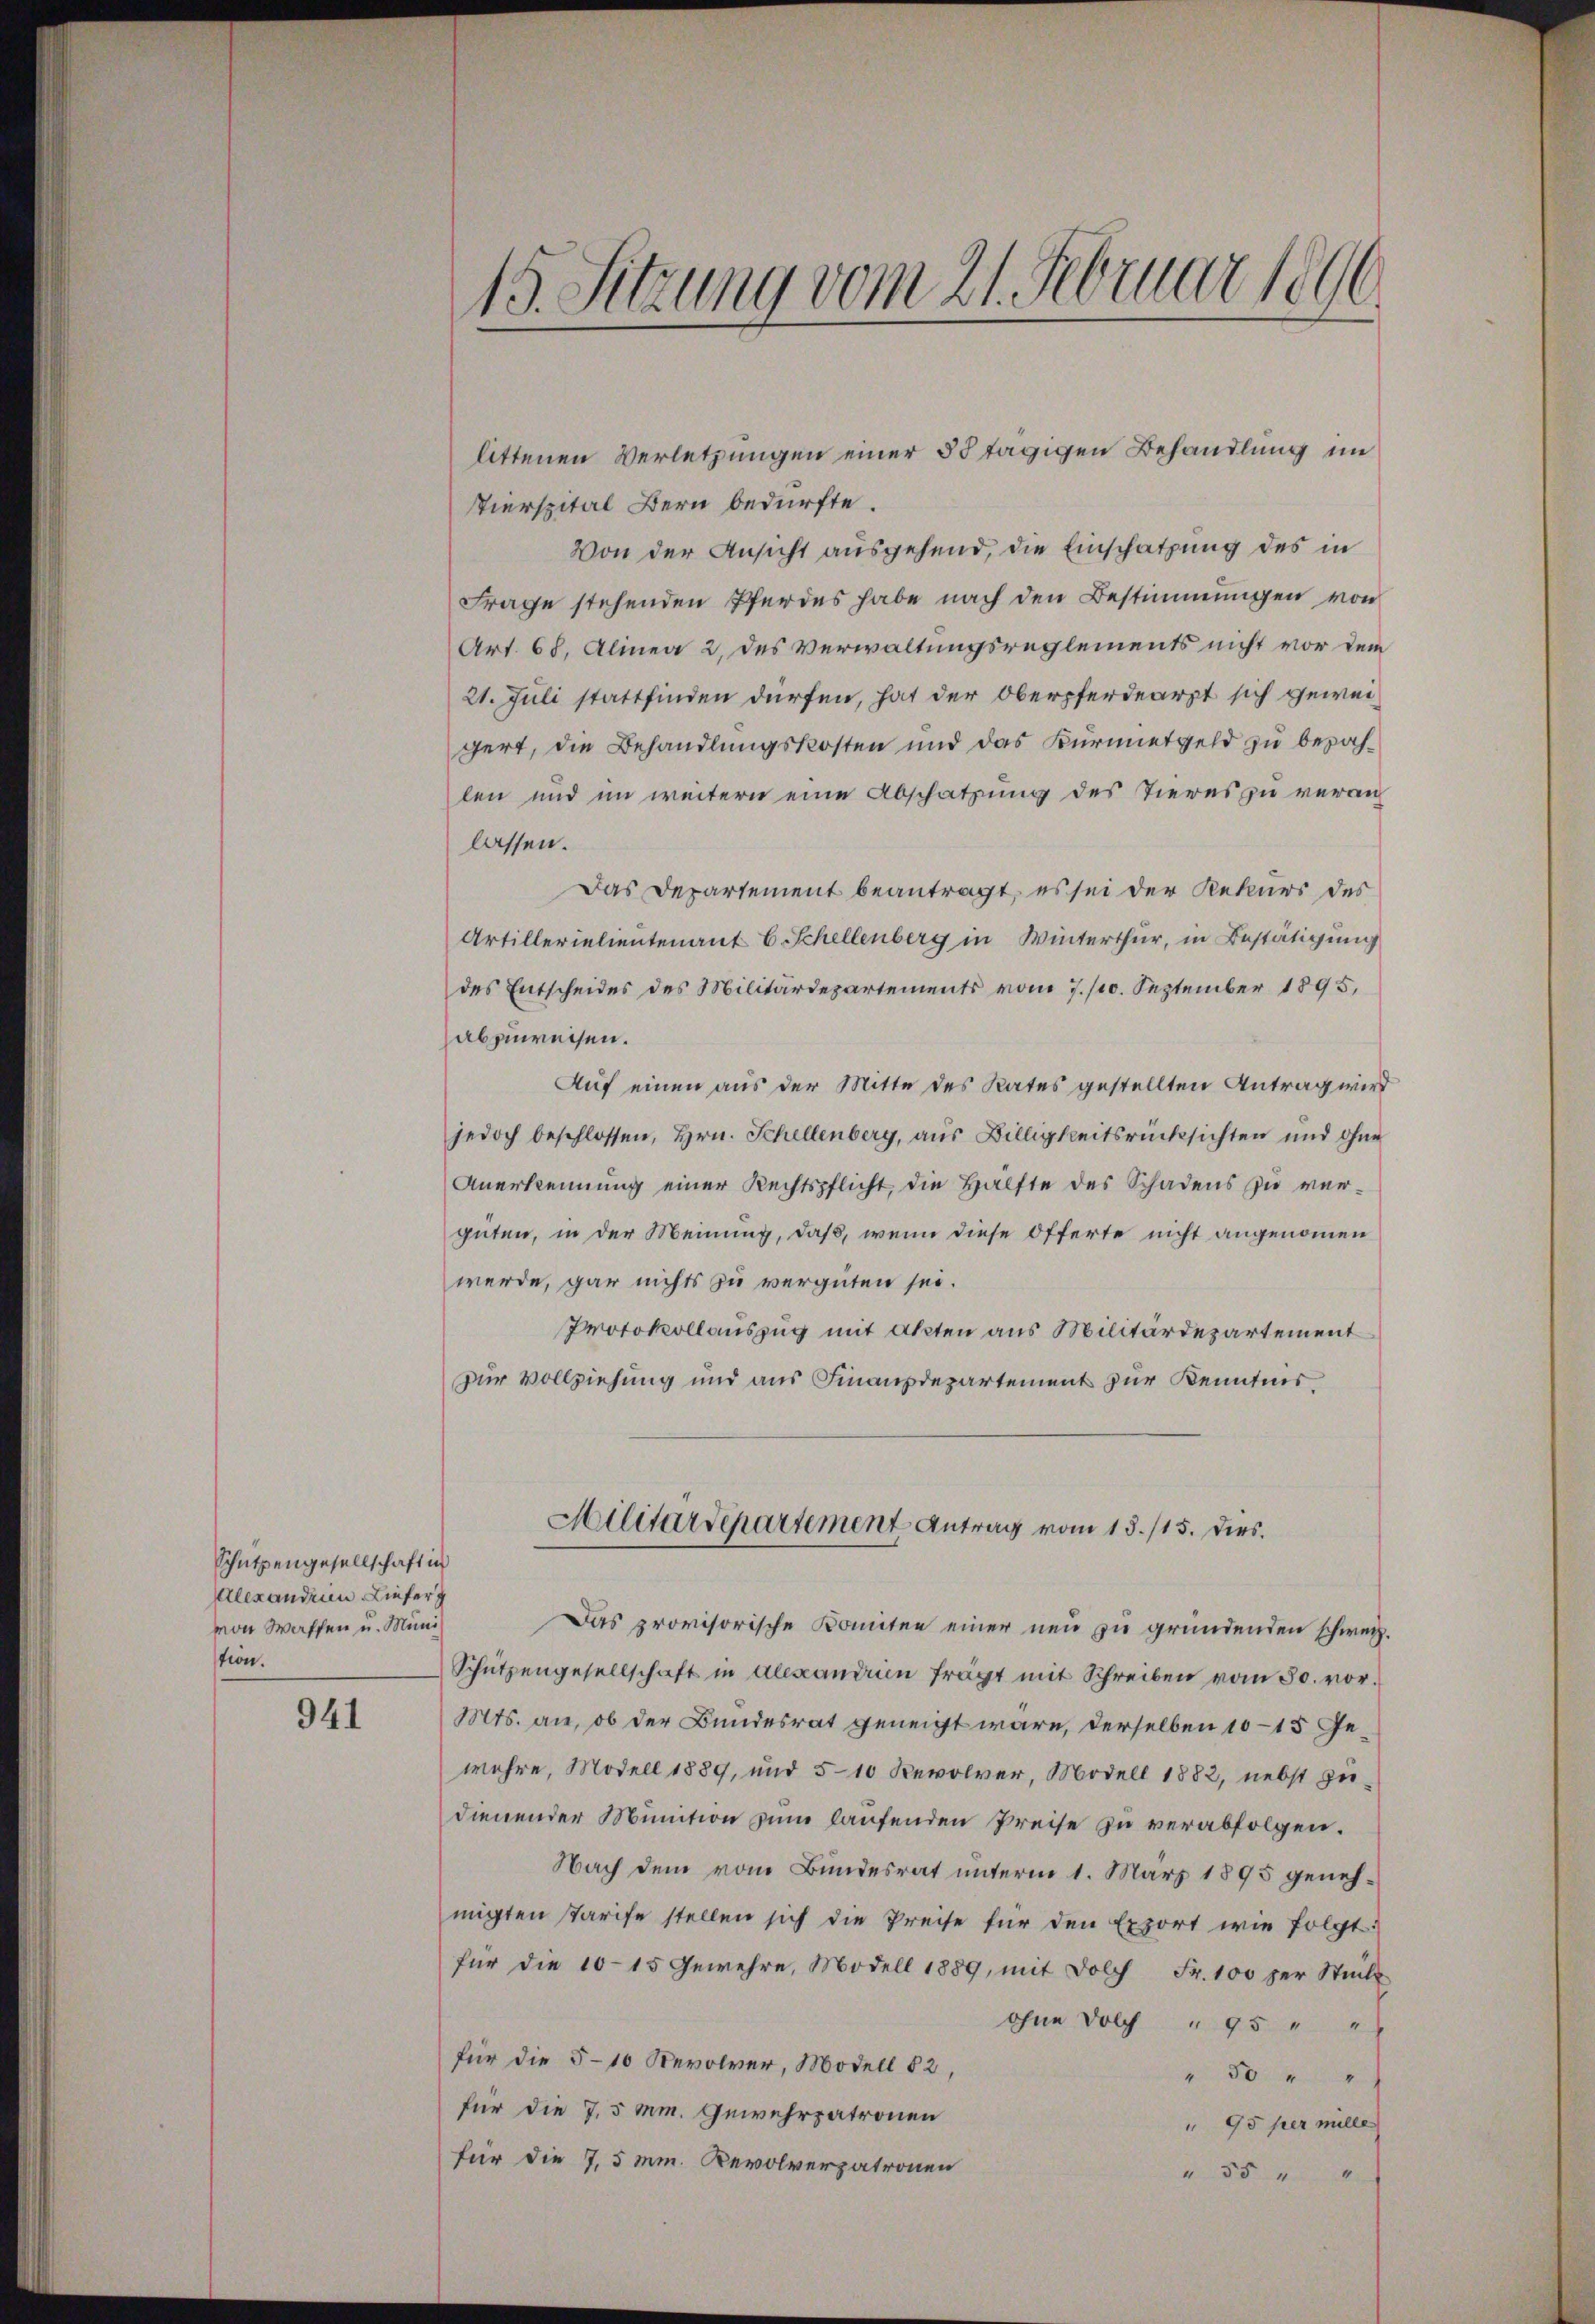
Schützengesellschaft in
Alexandium Liefer
von Waffen u. Muni
tion.

941

15. Sitzung vom 21. Februar 1896

littenen Verletzungen einer 58 tägigen Behandlung im
ierspital Bern bedürfte.
Von der Ansicht ausgehend, die Einschatzung des in
Frage stehenden Pferdes habe nach den Bestimmungen von
Art. 68, Alinea 2 des Verwaltungsreglements nicht vor dem
21. Juli stattfinden dürfen, hat der Oberpferdearzt sich geweigert, die Behandlungskosten und das Kürmetgeld zu bezahlen und im weitern eine Abschatzung des Tieres zu veran
lassen.
Das Departement beantragt, es sei der Rekurs des
Artillerielieutenant 6 Schellenberg in Winterthur, in Bestätigung
des Entscheides des Militärdepartements vom 7./10. September 1895,
abzuweisen.
Auf einen aus der Mitte des Rates gestellten Antrag wird
jedoch beschlossen, Hrn. Schellenberg, aus Billigkeitsrücksichten und ohne
Anerkennung einer Rechtspflicht, die Hälfte des Schadens zu verguten, in der Meinung, daß, wenn diese Offerte nicht angenommen
werde, gar nichts zu vergüten sei.
Protokollauszug mit Akten aus Militärdepartement
zur Vollziehung und aus Finanzdepartement zur Kenntnis

Militärdepartement Antrag vom 15./15. Dies

Das provisorische Komitee einer neu zu gründenden schweiz.
Schützengesellschaft in Alexandum frägt mit Schreiben vom 30. vor.
Mts. an, ob der Bundesrat geneigt wäre, derselben 10–15 Gewehre, Modell 1889, und 5-10 Bevolver, Modell 1882, nebst zudienender Munition zum haufenden Preise zu verabfolgen.
Nach dem vom Bundesrat unterm 1. März 1895 genehmigten starife stellen sich die Preise für den Export wie folgt:
für die 1015 Gewehre, Modell 1889, mit Dolch Fr. 100 per Stück
ohne Dolch " 95 " "
für die 5-10 Revolver, Modell § 2
" 50 " "
für die 7,5 mm. Gewehrpatronen
" 95 per mille
für die 7,5 mm. Revolverpatronen
" 55 " "